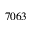
7 0 6 3